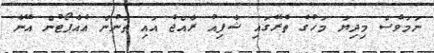
ނަމަވެސް މިދިޔަ މަހުގެ ތެރޭގައި ޝާފިއު ރާއްޖެ އައި ތަނުން އެއާޕޯޓުން އޭނާ